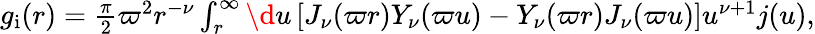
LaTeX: \begin{array}{r}{g_{\mathrm{i}}(r)=\frac{\pi}{2}\varpi^{2}r^{-\nu}\int_{r}^{\infty}\d u\, [J_{\nu}(\varpi r)Y_{\nu}(\varpi u)-Y_{\nu}(\varpi r)J_{\nu}(\varpi u)]u^{\nu+1}j(u),}\end{array}